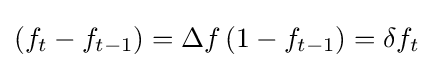
{\textstyle \left(f_{t}-f_{t-1}\right)=\Delta f\left(1-f_{t-1}\right)=\delta f_{t}}